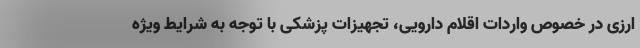
ارزی در خصوص واردات اقلام دارویی، تجهیزات پزشکی با توجه به شرایط ویژه